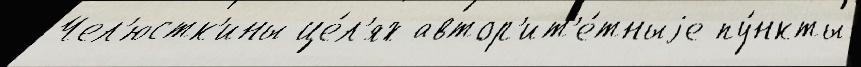
Чел'юстк'ины це́л'ях автор'ит'е́тныjе пу́нкты